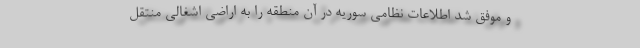
و موفق شد اطلاعات نظامی سوریه در آن منطقه را به اراضی اشغالی منتقل